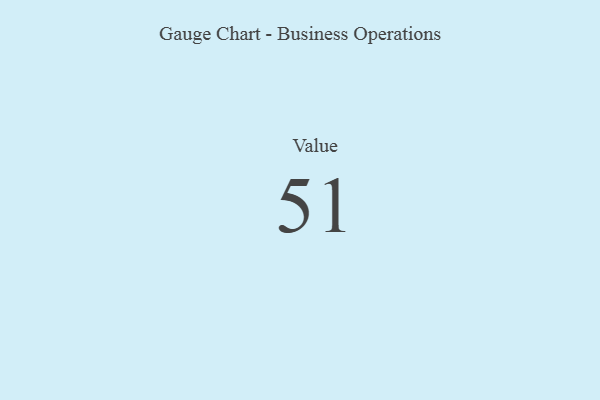
{"axis": {"x": "Metric", "y": "Value"}, "legend": [""], "data": [{"x": "Value", "y": 51, "type": ""}]}